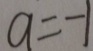
a = - 1